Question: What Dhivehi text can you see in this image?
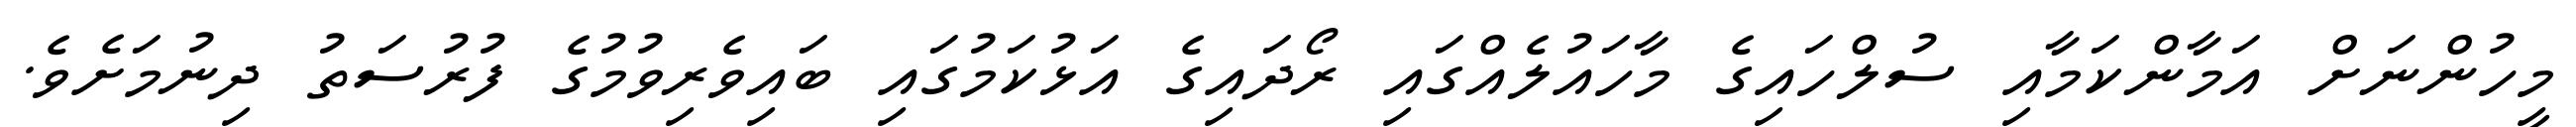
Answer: މީހުންނަށް އަމާންކަމާއި ސުލްހައިގެ މާހައުލެއްގައި ރޯދައިގެ އަޅުކަމުގައި ބައިވެރިވުމުގެ ފުރުސަތު ދިނުމަށެވެ.